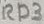
Text: RD3